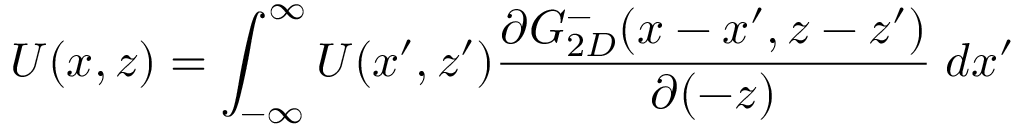
U ( x , z ) = \int _ { - \infty } ^ { \infty } U ( x ^ { \prime } , z ^ { \prime } ) \frac { \partial G _ { 2 D } ^ { - } ( x - x ^ { \prime } , z - z ^ { \prime } ) } { \partial ( - z ) } \; d { x ^ { \prime } }